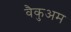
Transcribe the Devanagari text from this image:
वैकुअम